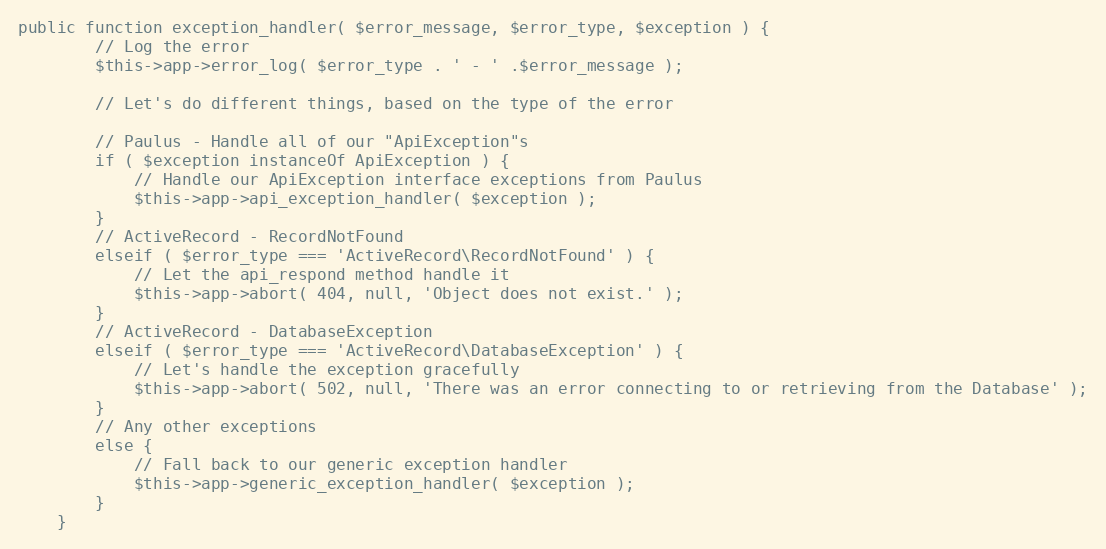
Language: PHP
public function exception_handler( $error_message, $error_type, $exception ) {
		// Log the error
		$this->app->error_log( $error_type . ' - ' .$error_message );

		// Let's do different things, based on the type of the error

		// Paulus - Handle all of our "ApiException"s
		if ( $exception instanceOf ApiException ) {
			// Handle our ApiException interface exceptions from Paulus
			$this->app->api_exception_handler( $exception );
		}
		// ActiveRecord - RecordNotFound
		elseif ( $error_type === 'ActiveRecord\RecordNotFound' ) {
			// Let the api_respond method handle it
			$this->app->abort( 404, null, 'Object does not exist.' );
		}
		// ActiveRecord - DatabaseException
		elseif ( $error_type === 'ActiveRecord\DatabaseException' ) {
			// Let's handle the exception gracefully
			$this->app->abort( 502, null, 'There was an error connecting to or retrieving from the Database' );
		}
		// Any other exceptions
		else {
			// Fall back to our generic exception handler
			$this->app->generic_exception_handler( $exception );
		}
	}